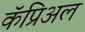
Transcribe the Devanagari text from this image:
कॅप्रिअल